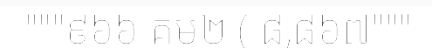
"""៩៦៦ គម២ ( ៨,៨៦៧"""